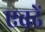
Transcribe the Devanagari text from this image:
एवढें